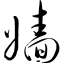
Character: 嫱